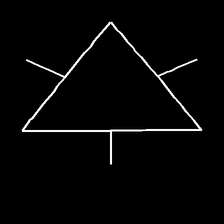
Glyph: fire